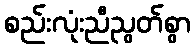
စည်းလုံးညီညွတ်စွာ